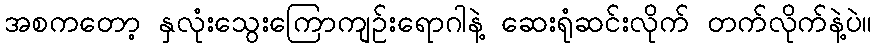
အစကတော့ နှလုံးသွေးကြောကျဉ်းရောဂါနဲ့ ဆေးရုံဆင်းလိုက် တက်လိုက်နဲ့ပဲ။